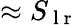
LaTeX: \approx S_{\mathrm{~l~r~}}